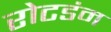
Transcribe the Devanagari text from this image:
रोटडंम